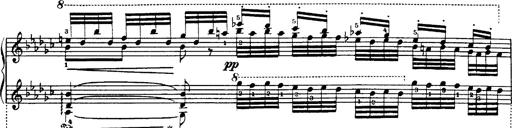
Title: Danza sacra e duetto finale dâ€™Aida
Composer: Franz Liszt